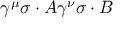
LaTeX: \gamma ^ { \mu } \sigma \cdot A \gamma ^ { \nu } \sigma \cdot B